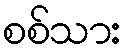
စစ်သား